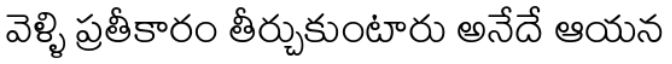
వెళ్ళి ప్రతీకారం తీర్చుకుంటారు అనేదే ఆయన